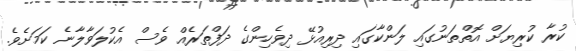
ކުރާ ކުރިޔަށް އޮތްތަނުގައި ލަންކާގައި ދިރިއުޅޭ ދިވެހިންގެ ދަފްތަރެއް ވެސް އެކުލަވާލާނެ ކަމަށެވެ.